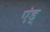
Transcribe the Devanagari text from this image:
एंड्